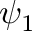
\psi _ { 1 }